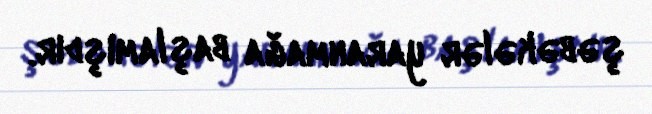
şəbəkələr yaranmağa başlamışdır.